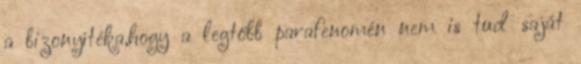
a bizonyítéka,hogy a legtöbb parafenomén nem is tud saját